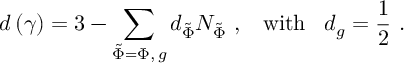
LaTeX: d \left( \gamma \right) = 3 - \sum _ { \tilde { \Phi } = \Phi , \, g } d _ { \tilde { \Phi } } N _ { \tilde { \Phi } } \, \, , \, \, \, \, \, \mathrm { w i t h } \, \, \, \, \, d _ { g } = \frac 1 2 \, \, .